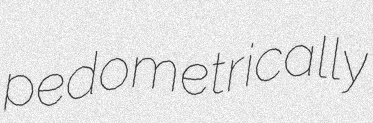
pedometrically